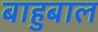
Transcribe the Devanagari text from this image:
बाहुबाल